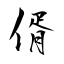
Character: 偦